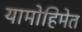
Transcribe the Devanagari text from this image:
यामोहिमेत